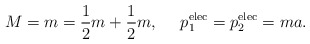
\begin{align*}M=m={1\over 2}m+{1\over 2}m,\ \ \ \ p^{\rm elec}_1=p^{\rm elec}_2=ma.\end{align*}